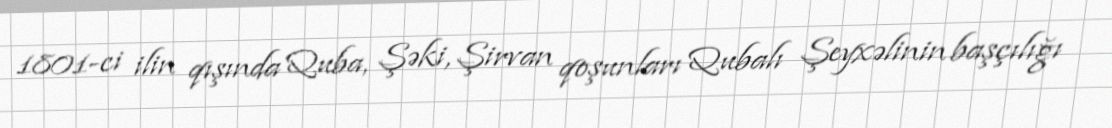
1801-ci ilin qışında Quba, Şəki, Şirvan qoşunları Qubalı Şeyxəlinin başçılığı